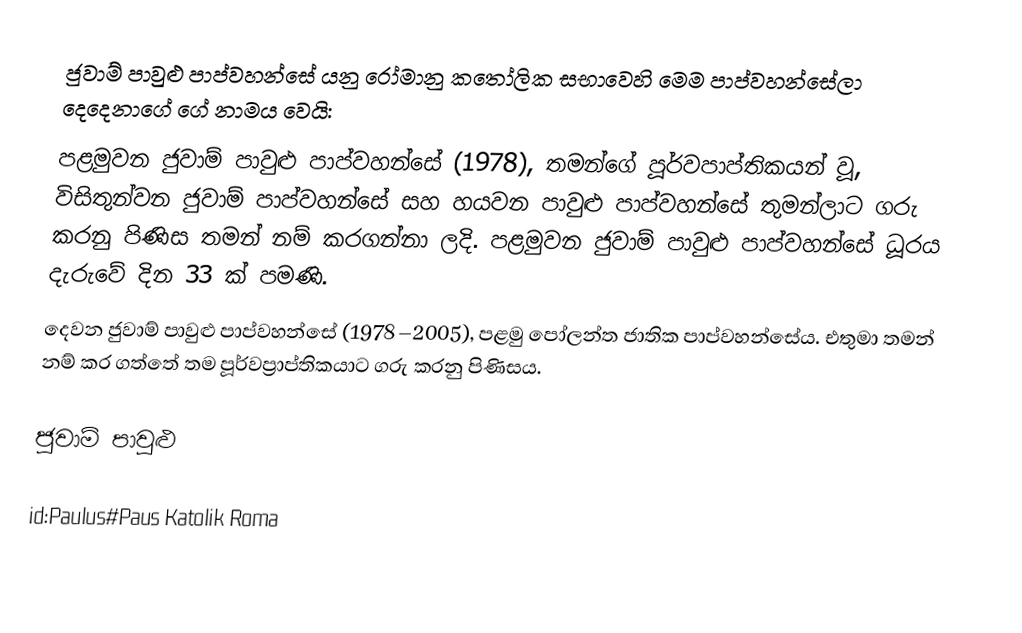
ජුවාම් පාවුළු පාප්වහන්සේ යනු රෝමානු කතෝලික සභාවෙහි මෙම පාප්වහන්සේලා දෙදෙනාගේ ගේ නාමය වෙයි:
පළමුවන ජුවාම් පාවුළු පාප්වහන්සේ (1978), තමන්ගේ පූර්වපාප්තිකයන් වූ, විසිතුන්වන ජුවාම් පාප්වහන්සේ සහ හයවන පාවුළු පාප්වහන්සේ තුමන්ලාට ගරු කරනු පිණිස තමන් නම් කරගන්නා ලදි. පළමුවන ජුවාම් පාවුළු පාප්වහන්සේ ධූරය දැරුවේ දින 33 ක් පමණි.
දෙවන ජුවාම් පාවුළු පාප්වහන්සේ (1978–2005), පළමු පෝලන්ත ජාතික පාප්වහන්සේය.  එතුමා තමන් නම් කර ගත්තේ තම පූර්වප්‍රාප්තිකයාට ගරු කරනු පිණිසය.

ජුවාම් පාවුළු

id:Paulus#Paus Katolik Roma